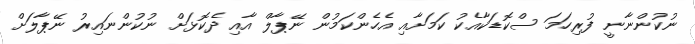
ނުކުންނާނީ ފުރިހަމަ ސްކޮޑަކާއެކު ކަމަށާއި އެހެންކަމުން ނޭޕާލް އާއި ދެކޮޅަށް ނުކުންނައިރު ނޭޕާލަށް